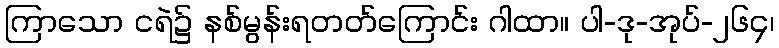
ကြာသော ငရဲ၌ နစ်မွန်းရတတ်ကြောင်း ဂါထာ။ ပါ-ဒု-အုပ်-၂၆၄၊